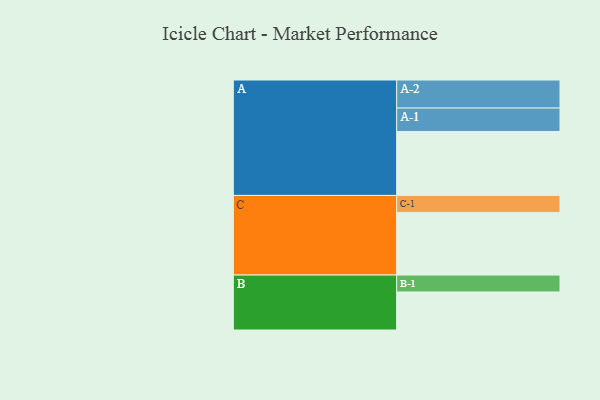
{"axis": {"x": "Segment", "y": "Value"}, "legend": ["", "A", "B", "C"], "data": [{"x": "A", "y": 595, "type": ""}, {"x": "B", "y": 354, "type": ""}, {"x": "C", "y": 583, "type": ""}, {"x": "A-1", "y": 218, "type": "A"}, {"x": "A-2", "y": 261, "type": "A"}, {"x": "B-1", "y": 157, "type": "B"}, {"x": "C-1", "y": 158, "type": "C"}]}